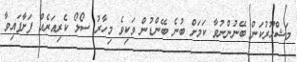
މަޝްހޫރުކަން ބޭނުންނުވާ ކަމަށް ބުނެ ބޭންޑުން ވަކިވެ މިހާރު ސޯލޯ ކެރިއަރެއް ފަށާފައިވާ